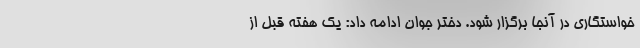
خواستگاری در آنجا برگزار شود. دختر جوان ادامه داد: یک هفته قبل از